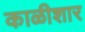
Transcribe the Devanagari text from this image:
काळीशार